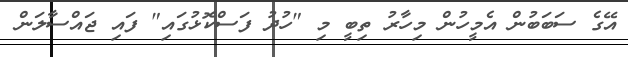
އޭގެ ސަބަބުން އެމީހުން މިހާރު ތިބީ މި "ހުދު ފަސްކޮޅުގައި" ފައި ޖައްސާލަން